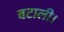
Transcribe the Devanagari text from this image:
बटाली।